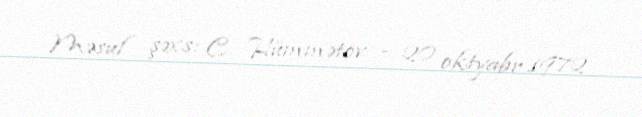
Məsul şəxs: C. Hümmətov - 20 oktyabr 1972